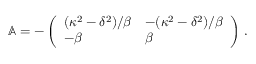
\begin{array} { r } { \mathbb { A } = - \left( \begin{array} { l l } { ( { \kappa ^ { 2 } - \delta ^ { 2 } } ) / { \beta } } & { - ( { \kappa ^ { 2 } - \delta ^ { 2 } } ) / { \beta } } \\ { - \beta } & { \beta } \end{array} \right) \, . } \end{array}